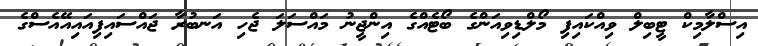
އިސްލާމިކް ޓީބިލް ވިއްކައިފި މޯލްޑިވިއަންގެ ބޯޓެއްގެ އިންޖީނު މައްސަލަ ޖެހި އަނބުރާ ޖައްސައިފިއައިއޭއެސްގެ